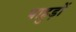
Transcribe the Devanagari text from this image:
पाहुड़ों